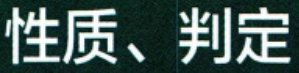
性质、判定